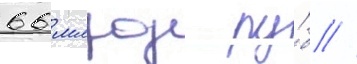
66 млрд ру́б //